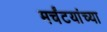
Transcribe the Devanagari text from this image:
मर्चंटयांच्या